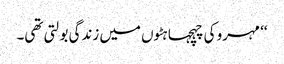
‘‘ مہرو کی چہچہاہٹوں میں زندگی بولتی تھی۔